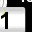
Digit: 1